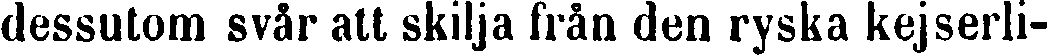
dessutom svår alt skilja från den ryska kejserli-